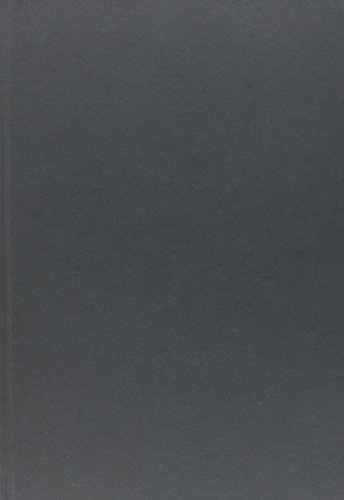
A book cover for Architectural Agents: The Delusional, Abusive, Addictive Lives of Buildings; Annabel Jane Wharton; Arts & Photography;